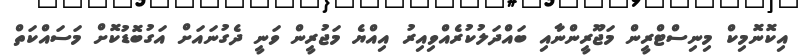
އިކޮނޮމިކް މިނިސްޓްރީން މަޖޫރީންނާއި ބައްދަލުކުރެއްވިއިރު އިއްޔެ މަޖުރީން ވަނީ ދެގުނައަށް އަގުބޮޑުކޮށް މަސައްކަތް